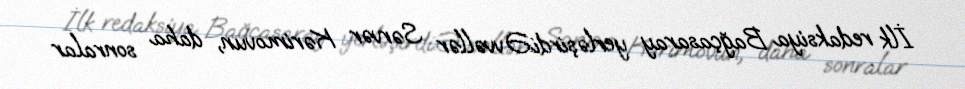
İlk redaksiya Bağçasaray yerləşirdi:Əvvəllər Sərvər Kərimovun, daha sonralar